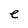
Character: e